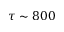
\tau \sim 8 0 0